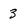
Character: 3